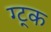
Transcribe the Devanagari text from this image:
ग्ट्क